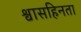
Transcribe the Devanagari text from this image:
श्वासहिनता